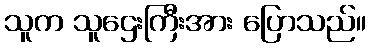
သူက သူဌေးကြီးအား ပြောသည်။